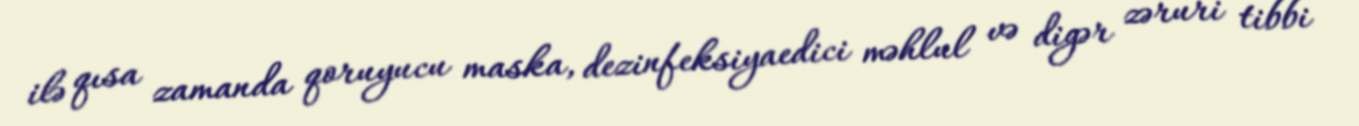
ilə qısa zamanda qoruyucu maska, dezinfeksiyaedici məhlul və digər zəruri tibbi